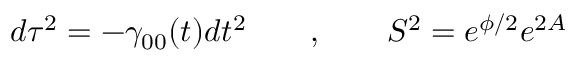
d \tau ^ { 2 } = - \gamma _ { 0 0 } ( t ) d t ^ { 2 } \qquad , \qquad S ^ { 2 } = e ^ { \phi / 2 } e ^ { 2 A }